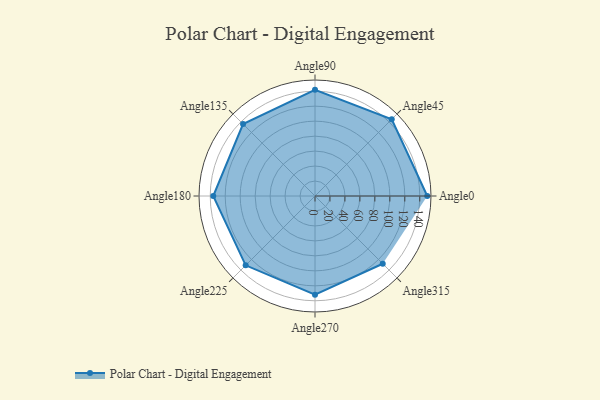
{"axis": {"x": "Angle", "y": "Radius"}, "legend": [""], "data": [{"x": "Angle0", "y": 150.0, "type": ""}, {"x": "Angle45", "y": 145.0, "type": ""}, {"x": "Angle90", "y": 142.0, "type": ""}, {"x": "Angle135", "y": 136.0, "type": ""}, {"x": "Angle180", "y": 136.0, "type": ""}, {"x": "Angle225", "y": 131.0, "type": ""}, {"x": "Angle270", "y": 132.0, "type": ""}, {"x": "Angle315", "y": 128.0, "type": ""}]}